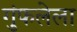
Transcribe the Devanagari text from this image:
गुंफलेला